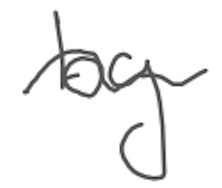
Text: by
Cross-out: wave
Writing tool: digital_gray